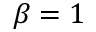
\beta = 1